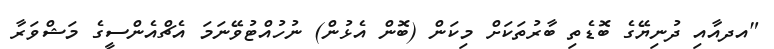
"އދއާއި ދުނިޔޭގެ ބޮޑެތި ބާރުތަކަށް މިކަން (ބޮން އެޅުން) ނުހުއްޓުވޭނަމަ އެޗްއެންސީގެ މަޝްވަރާ